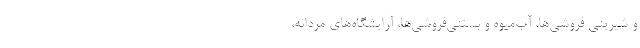
و شیرینی فروشی‌ها، آب‌میوه و بستنی‌فروشی‌ها، آرایشگاه‌های مردانه،